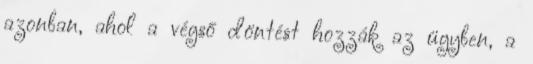
azonban, ahol a végső döntést hozzák az ügyben, a